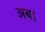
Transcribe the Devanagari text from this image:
अबा